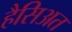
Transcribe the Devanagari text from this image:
हैसिअत